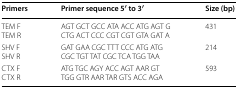
<table><thead><tr><td><b>Primers</b></td><td><b>Primer sequence 5′ to 3′</b></td><td><b>Size (bp)</b></td></tr></thead><tbody><tr><td>TEM FTEM R</td><td>AGT GCT GCC ATA ACC ATG AGT GCTG ACT CCC CGT CGT GTA GAT A</td><td>431</td></tr><tr><td>SHV FSHV R</td><td>GAT GAA CGC TTT CCC ATG ATGCGC TGT TAT CGC TCA TGG TAA</td><td>214</td></tr><tr><td>CTX FCTX R</td><td>ATG TGC AGY ACC AGT AAR GTTGG GTR AAR TAR GTS ACC AGA</td><td>593</td></tr></tbody></table>